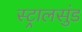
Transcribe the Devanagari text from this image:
स्ट्रालसुंड